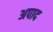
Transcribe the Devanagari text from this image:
अपाद